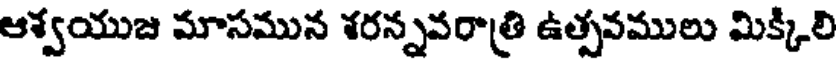
ఆశ్వయుజ మాసమున శరన్నవరాత్రి ఉత్సవములు మిక్కిలి